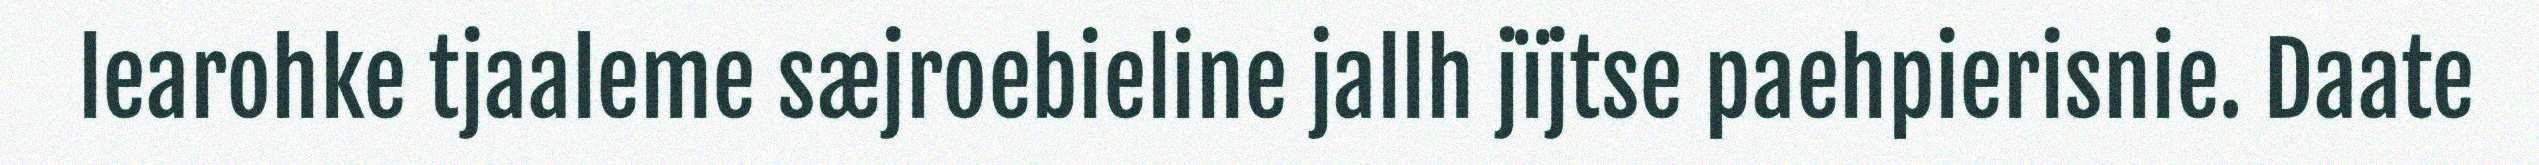
learohke tjaaleme sæjroebieline jallh jïjtse paehpierisnie. Daate